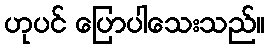
ဟုပင် ပြောပါသေးသည်။